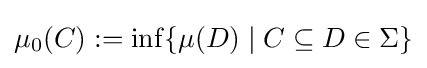
\mu _{0}(C):=\inf\{\mu (D)\mid C\subseteq D\in \Sigma \}